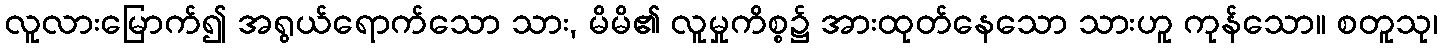
လူလားမြောက်၍ အရွယ်ရောက်သော သား, မိမိ၏ လူမှုကိစ္စ၌ အားထုတ်နေသော သားဟူ ကုန်သော။ စတူသု၊